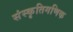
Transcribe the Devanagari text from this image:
संस्कृतिगणिक